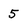
Character: 5